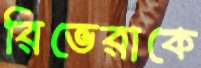
রিভেরাকে